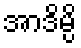
အာဒိမ္ပိ